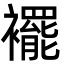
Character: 襬